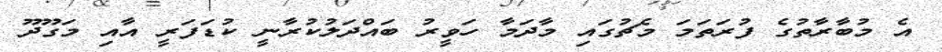
އެ މުބާރާތުގެ ފުރަތަމަ މެޗުގައި މާދަމާ ހަވީރު ބައްދަލުކުރާނީ ކުޑަފަރީ އާއި މަގޫދޫ